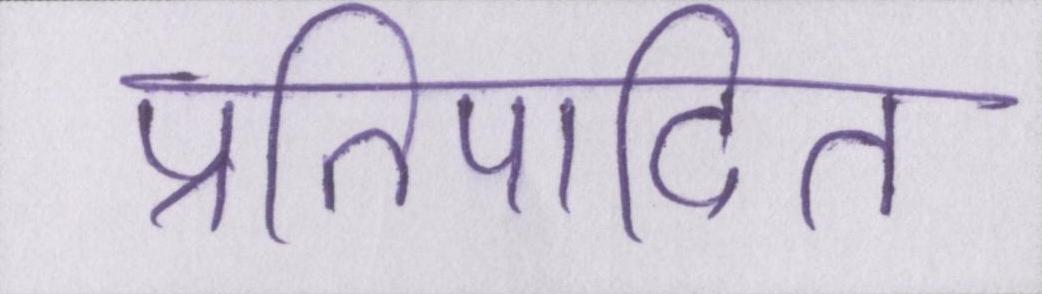
प्रतिपादित